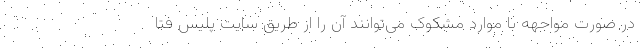
در صورت مواجهه با موارد مشکوک می‌توانند آن را از طریق سایت پلیس فتا